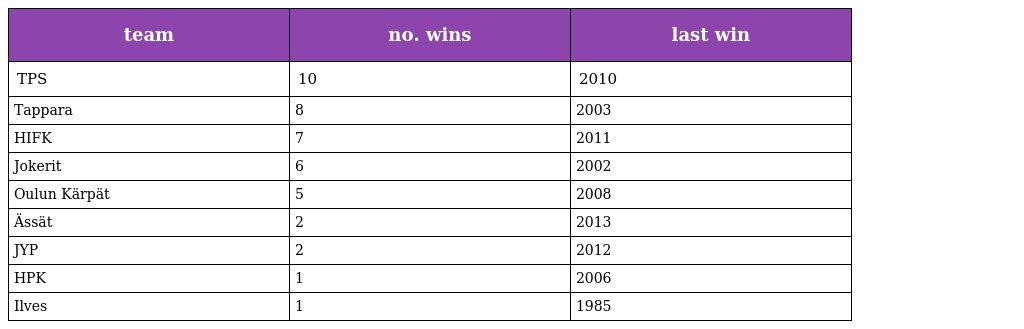
| team | no. wins | last win |
 | --- | --- | --- |
 | TPS | 10 | 2010 |
 | Tappara | 8 | 2003 |
 | HIFK | 7 | 2011 |
 | Jokerit | 6 | 2002 |
 | Oulun Kärpät | 5 | 2008 |
 | Ässät | 2 | 2013 |
 | JYP | 2 | 2012 |
 | HPK | 1 | 2006 |
 | Ilves | 1 | 1985 |